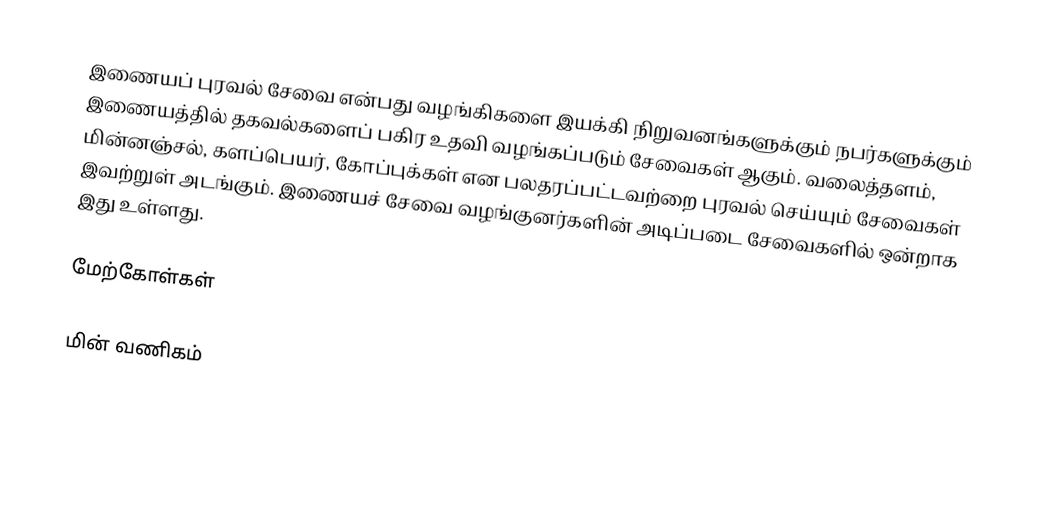
இணையப் புரவல் சேவை என்பது வழங்கிகளை இயக்கி நிறுவனங்களுக்கும் நபர்களுக்கும் இணையத்தில் தகவல்களைப் பகிர உதவி வழங்கப்படும் சேவைகள் ஆகும்.  வலைத்தளம், மின்னஞ்சல், களப்பெயர், கோப்புக்கள் என பலதரப்பட்டவற்றை புரவல் செய்யும் சேவைகள் இவற்றுள் அடங்கும். இணையச் சேவை வழங்குனர்களின் அடிப்படை சேவைகளில் ஒன்றாக இது உள்ளது.

மேற்கோள்கள்

மின் வணிகம்